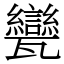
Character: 㽋